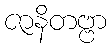
ဇာနိတဗ္ဗာ